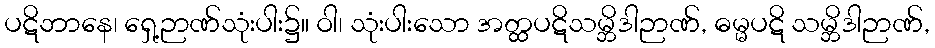
ပဋိဘာနေ၊ ရှေ့ဉာဏ်သုံးပါး၌။ ဝါ၊ သုံးပါးသော အတ္ထပဋိသမ္ဘိဒါဉာဏ်, ဓမ္မပဋိ သမ္ဘိဒါဉာဏ်,